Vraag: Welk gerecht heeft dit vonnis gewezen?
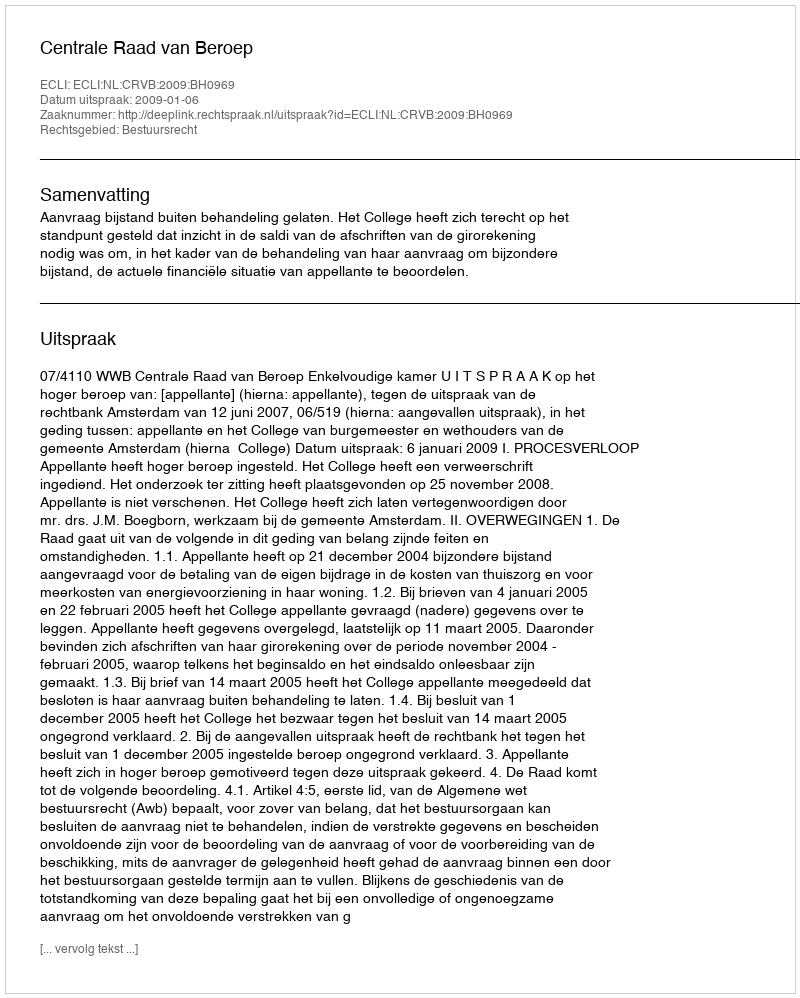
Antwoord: Centrale Raad van Beroep